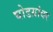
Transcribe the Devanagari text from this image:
घोडय़ांवर